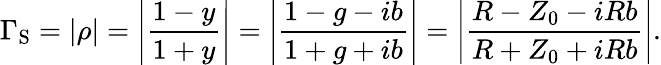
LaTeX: \Gamma_{\mathrm{S}}=|\rho|=\left|\frac{1-y}{1+y}\right|=\left|\frac{1-g-ib}{1+g+ib}\right|=\left|\frac{R-Z_{0}-iRb}{R+Z_{0}+iRb}\right|.